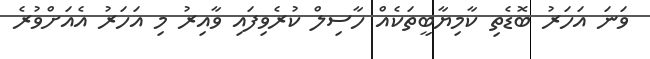
ވަނަ އަހަރު ބޮޑެތި ކާމިޔާބީތަކެއް ހާސިލް ކުރެވިފައި ވާއިރު މި އަހަރު އެއަށްވުރެ